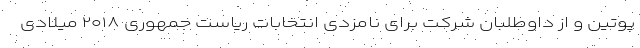
پوتین و از داوطلبان شرکت برای نامزدی انتخابات ریاست جمهوری ۲۰۱۸ میلادی